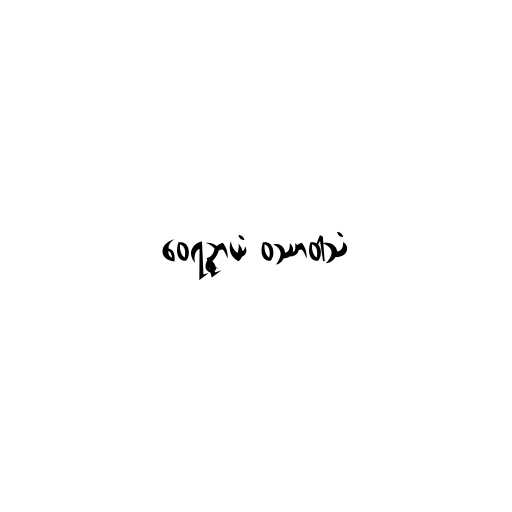
ဝေရဉ္ဇာယံ ဝဿာဝါသံ